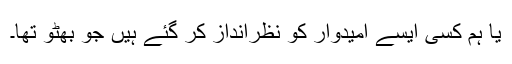
یا ہم کسی ایسے امیدوار کو نظرانداز کر گئے ہیں جو بھٹو تھا۔